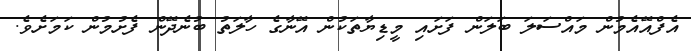
އެފްއޭއެމުން މައްސަލަ ބަލަން ފަށައި މީޑިޔާތަކުން އޭނާގެ ހާލަތު ބުނެދޭން ފެށުމުން ކަމަށެވެ.